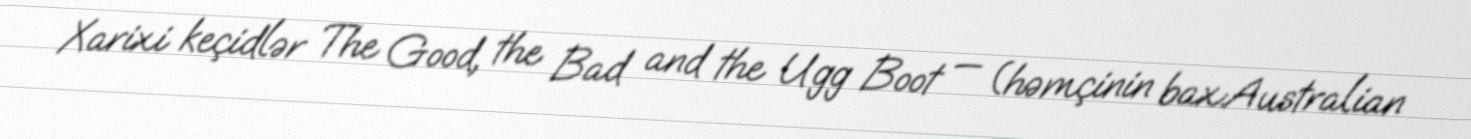
Xarixi keçidlər The Good, the Bad and the Ugg Boot — (həmçinin bax:Australian